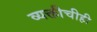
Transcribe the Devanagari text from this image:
व्यक्तीचीही